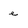
Character: e